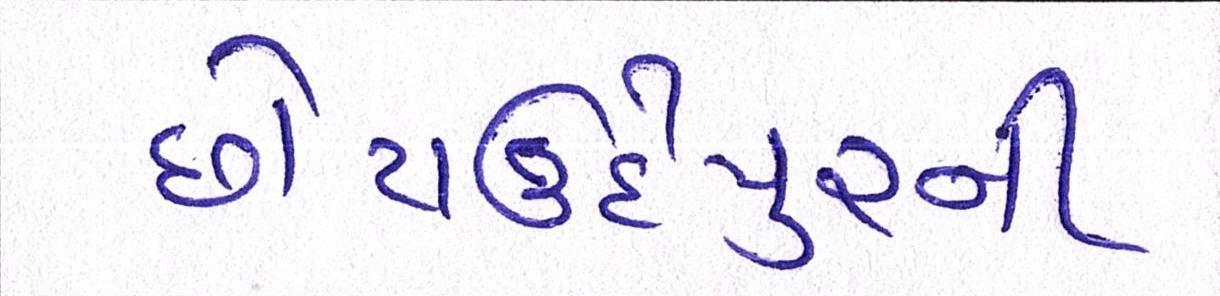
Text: છોટાઉદેપુરની